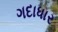
ગદાધાર